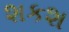
શકશ